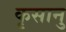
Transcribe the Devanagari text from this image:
कृसानु